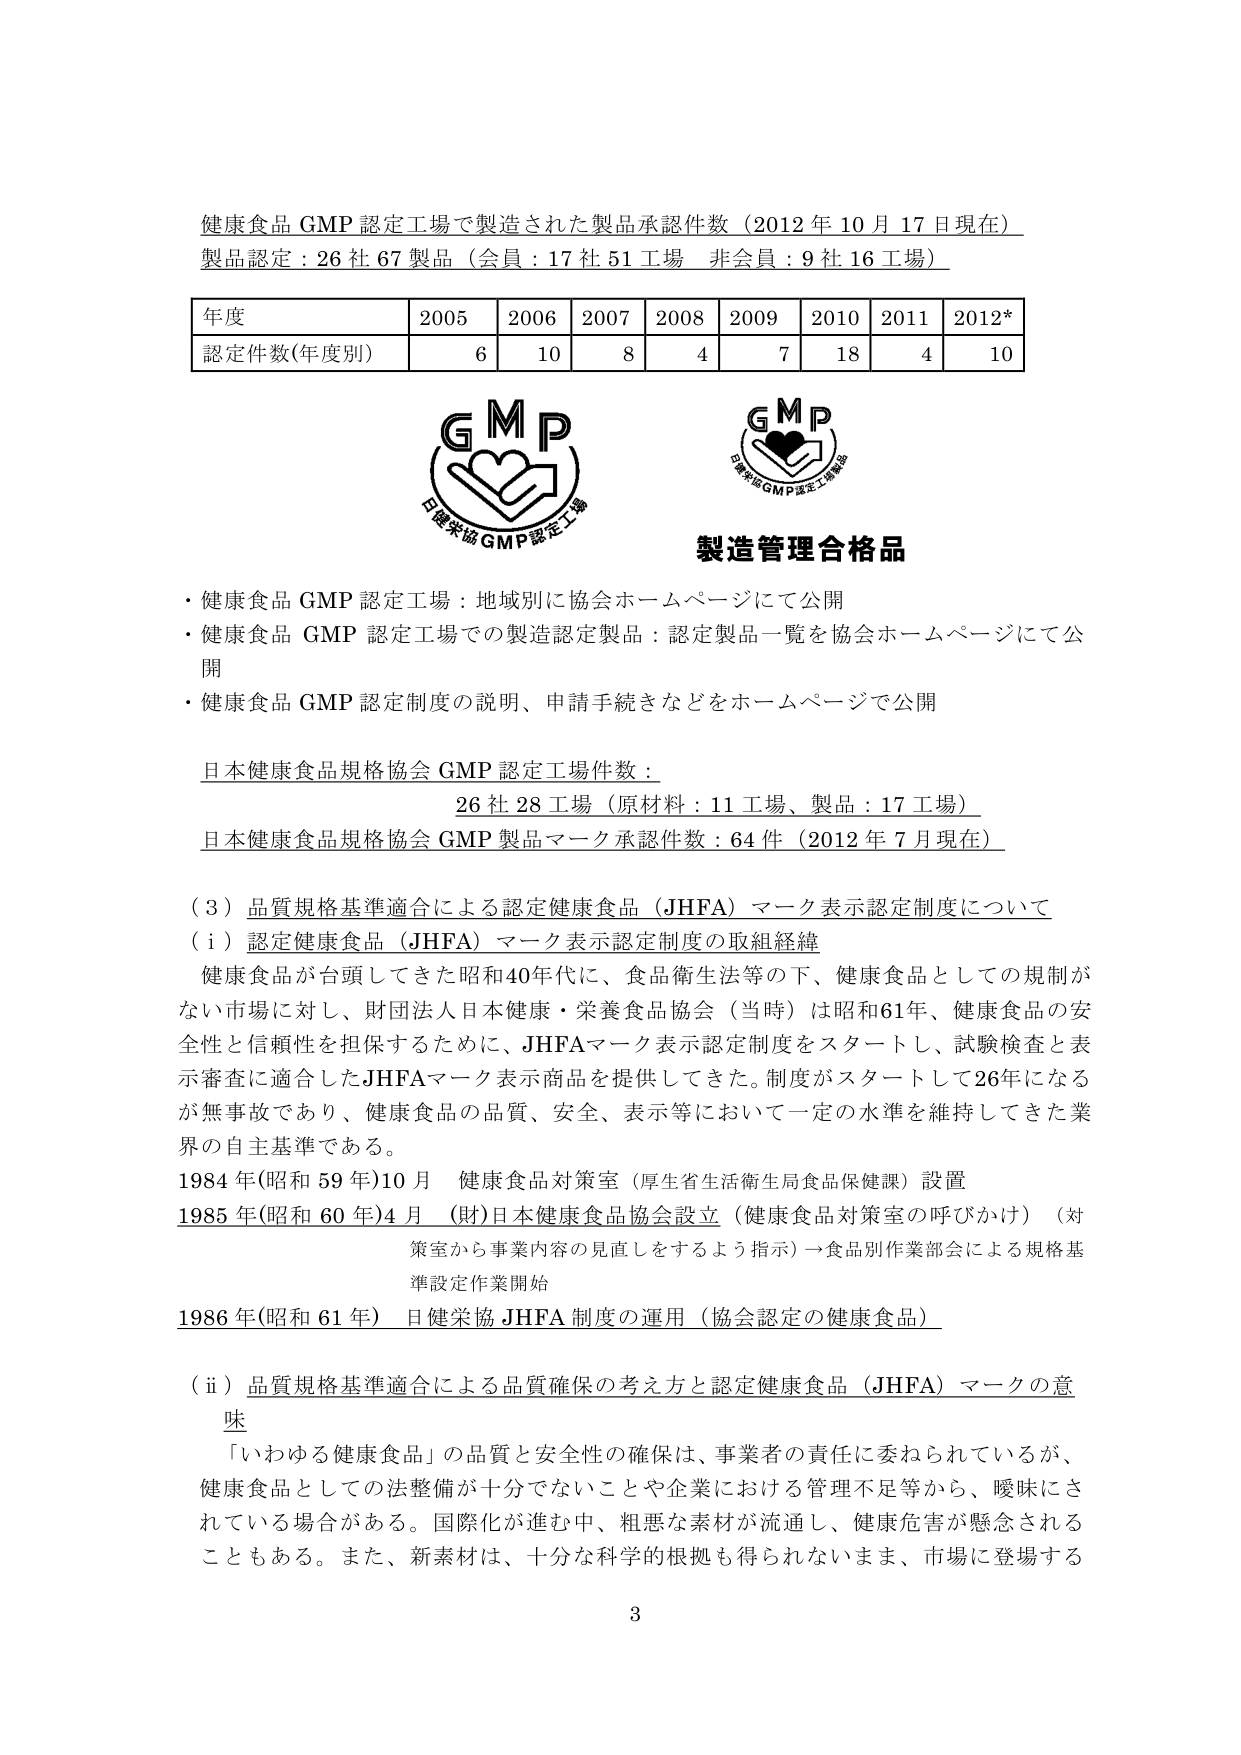
健康食品 GMP 認定工場で製造された製品承認件数（2012 年 10 月 17 日現在）
製品認定：26 社 67 製品（会員：17 社 51 工場　非会員：9 社 16 工場）

年度　　2005　2006　2007　2008　2009　2010　2011　2012*
認定件数(年度別)　6　　10　　8　　4　　7　　18　　4　　10

GMP
日健栄協 GMP認定工場

GMP
日本健康食品GMP認定工場製品

製造管理合格品

・健康食品 GMP 認定工場：地域別に協会ホームページにて公開
・健康食品 GMP 認定工場での製造認定製品：認定製品一覧を協会ホームページにて公開
・健康食品 GMP 認定制度の説明、申請手続きなどをホームページで公開

日本健康食品規格協会 GMP 認定工場件数：
26 社 28 工場（原材料：11 工場、製品：17 工場）
日本健康食品規格協会 GMP 製品マーク承認件数：64 件（2012 年 7 月現在）

（3）品質規格基準適合による認定健康食品（JHFA）マーク表示認定制度について
（i）認定健康食品（JHFA）マーク表示認定制度の取組経緯
健康食品が台頭してきた昭和40年代に、食品衛生法等の下、健康食品としての規制がない市場に対し、財団法人日本健康・栄養食品協会（当時）は昭和61年、健康食品の安全性と信頼性を担保するために、JHFAマーク表示認定制度をスタートし、試験検査と表示審査に適合したJHFAマーク表示商品を提供してきた。制度がスタートして26年になるが無事故であり、健康食品の品質、安全、表示等において一定の水準を維持してきた業界の自主基準である。

1984 年(昭和 59 年)10 月　健康食品対策室（厚生省生活衛生局食品保健課）設置
1985 年(昭和 60 年)4 月　(財)日本健康食品協会設立（健康食品対策室の呼びかけ）（対策室から事業内容の見直しをするよう指示）→食品別作業部会による規格基準設定作業開始
1986 年(昭和 61 年)　日健栄協 JHFA 制度の運用（協会認定の健康食品）

（ii）品質規格基準適合による品質確保の考え方と認定健康食品（JHFA）マークの意味
「いわゆる健康食品」の品質と安全性の確保は、事業者の責任に委ねられているが、健康食品としての法整備が十分でないことや企業における管理不足等から、曖昧にされている場合がある。国際化が進む中、粗悪な素材が流通し、健康危害が懸念されることもある。また、新素材は、十分な科学的根拠も得られないまま、市場に登場する

3